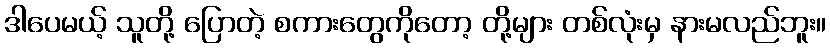
ဒါပေမယ့် သူတို့ ပြောတဲ့ စကားတွေကိုတော့ တို့များ တစ်လုံးမှ နားမလည်ဘူး။